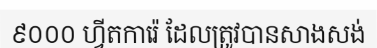
៩០០០ ហ្វីតការ៉េ ដែលត្រូវបានសាងសង់